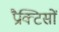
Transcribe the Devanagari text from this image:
प्रैक्टिसों